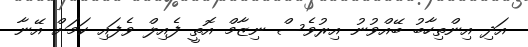
އަދި އިންތިހާބު ބޭއްވުނު އިރުވެސް ނިޒާމް އޮތީ ފެއިލް ވެފައި ކަމަށް އޭނާ